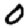
Digit: 0